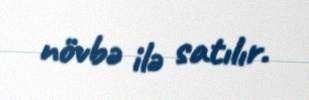
növbə ilə satılır.